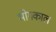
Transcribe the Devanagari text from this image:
भोगकाल